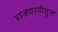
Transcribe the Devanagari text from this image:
राजधानीतून